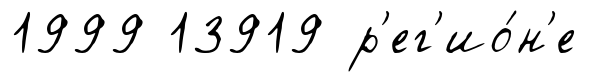
1999 13919 р'ег'ио́н'е